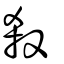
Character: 殺